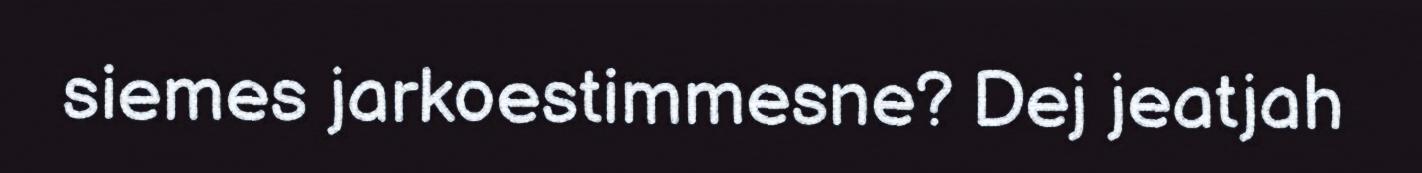
siemes jarkoestimmesne? Dej jeatjah